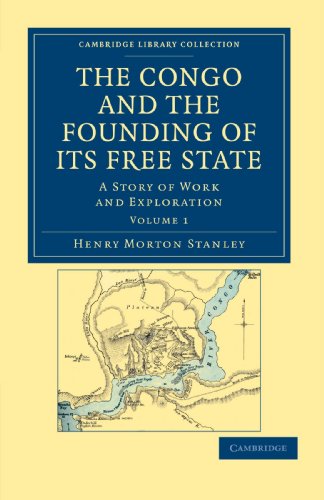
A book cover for The Congo and the Founding of its Free State: A Story of Work and Exploration (Cambridge Library Collection - African Studies); Henry Morton Stanley; Travel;